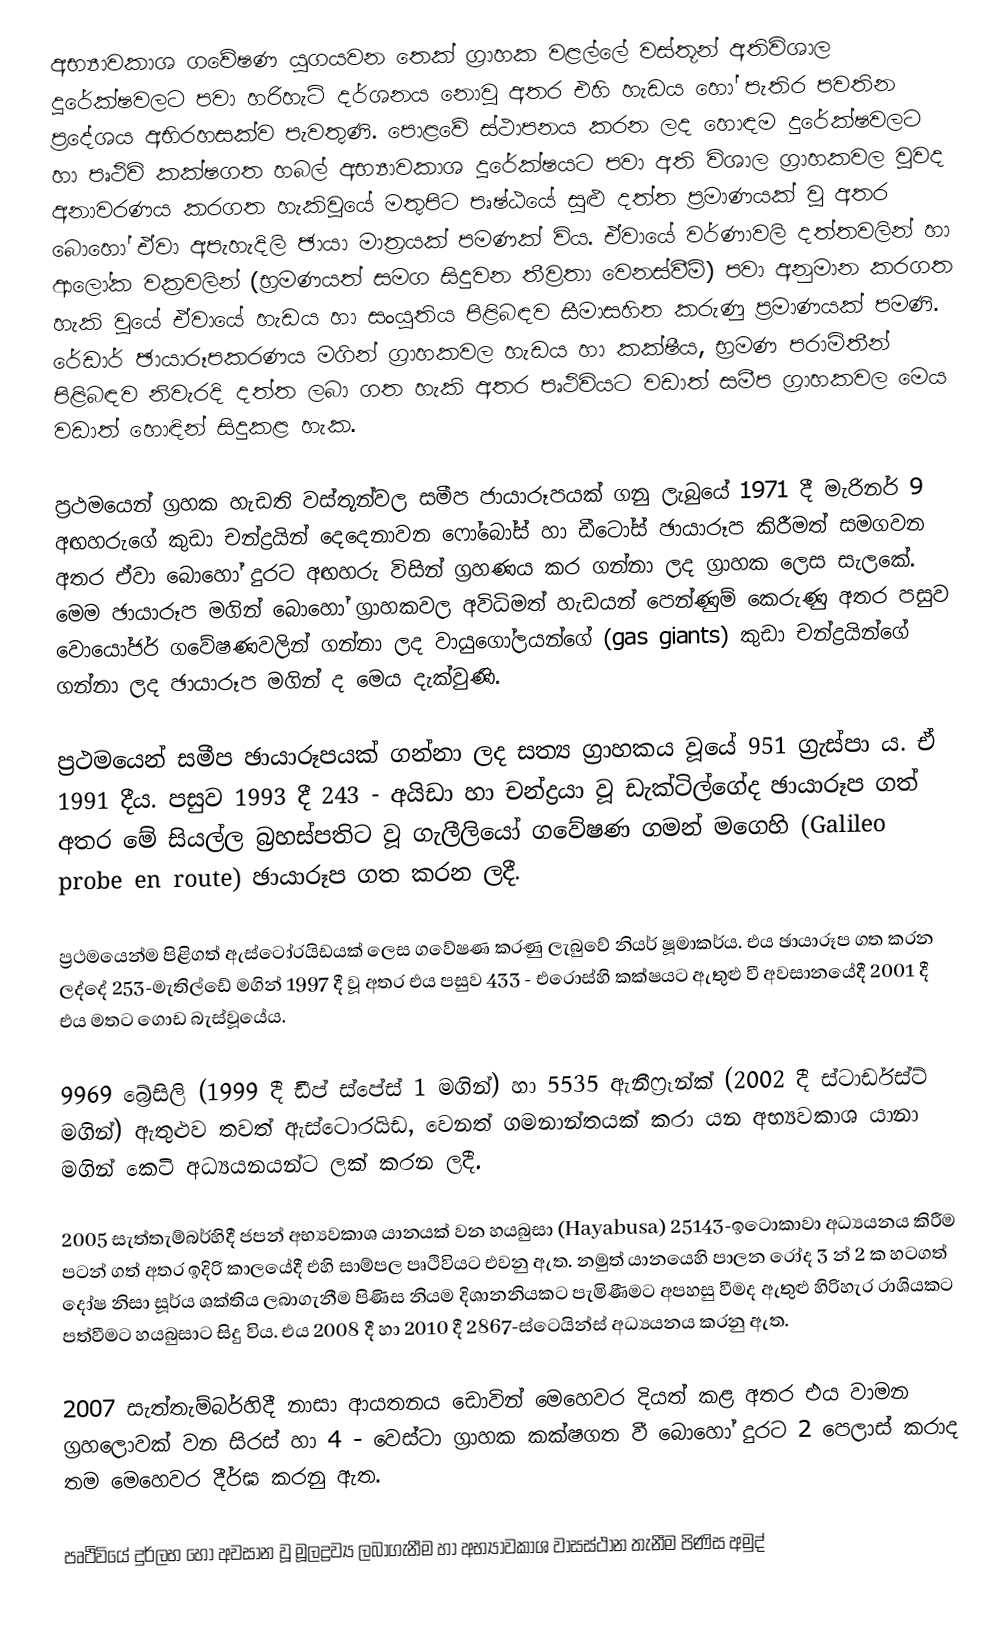
අභ්‍යාවකාශ ගවේෂණ යුගයවන තෙක් ග්‍රාහක වළල්ලේ වස්තූන් අතිවිශාල දූරේක්ෂවලට පවා හරිහැටි දර්ශනය නොවූ අතර එහි හැඩය හෝ පැතිර පවතින ප්‍රදේශය අභිරහසක්ව පැවතුණි. පොළවේ ස්ථාපනය කරන ලද හොඳම දුරේක්ෂවලට හා පෘථිවි කක්ෂගත හබල් අභ්‍යාවකාශ දූරේක්ෂයට පවා අති විශාල ග්‍රාහකවල වුවද අනාවරණය කරගත හැකිවූයේ මතුපිට පෘෂ්ඨයේ සුළු දත්ත ප්‍රමාණයක් වූ අතර බොහෝ ඒවා අපැහැදිලි ඡායා මාත්‍රයක් පමණක් විය. ඒවායේ වර්ණාවලි දත්තවලින් හා ආලෝක වක්‍රවලින් (භ්‍රමණයත් සමග සිදුවන තීව්‍රතා වෙනස්වීම්) පවා අනුමාන කරගත හැකි වූයේ ඒවායේ හැඩය හා සංයුතිය පිළිබඳව සීමාසහිත කරුණු ප්‍රමාණයක් පමණි. රේඩාර් ඡායාරූපකරණය මගින් ග්‍රාහකවල හැඩය හා කක්ෂීය, භ්‍රමණ පරාමිතීන් පිළිබඳව නිවැරදි දත්ත ලබා ගත හැකි අතර පෘථිවියට වඩාත් සමීප ග්‍රාහකවල මෙය වඩාත් හොඳින් සිදුකළ හැක.

ප්‍රථමයෙන් ග්‍රහක හැඩති වස්තූන්වල සමීප ජායාරූපයක් ගනු ලැබුයේ 1971 දී මැරිනර් 9 අඟහරුගේ කුඩා චන්ද්‍රයින් දෙදෙනාවන ෆෝබෝස් හා ඩීටෝස් ඡායාරූප කිරීමත් සමගවන අතර ඒවා බොහෝ දුරට අඟහරු විසින් ග්‍රහණය කර ගන්නා ලද ග්‍රාහක ලෙස සැලකේ. මෙම ඡායාරූප මගින් බොහෝ ග්‍රාහකවල අවිධිමත් හැඩයන් පෙන්ණුම් කෙරුණු අතර පසුව වොයෝජර් ගවේෂණවලින් ගන්නා ලද වායුගෝලයන්ගේ (gas giants) කුඩා චන්ද්‍රයින්ගේ ගන්නා ලද ඡායාරූප මගින් ද මෙය දැක්වුණි.

ප්‍රථමයෙන් සමීප ඡායාරූපයක් ගන්නා ලද සත්‍ය ග්‍රාහකය වූයේ 951 ග්‍රැස්පා  ය. ඒ 1991 දීය. පසුව 1993 දී 243 - අයිඩා හා චන්ද්‍රයා වූ ඩැක්ටිල්ගේද ඡායාරූප ගත් අතර මේ සියල්ල බ්‍රහස්පතිට වූ ගැලීලියෝ ගවේෂණ ගමන් මගෙහි (Galileo probe en route) ඡායාරූප ගත කරන ලදී.

ප්‍රථමයෙන්ම පිළිගත් ඇස්ටෝරයිඩයක් ලෙස ගවේෂණ කරණු ලැබුවේ නියර් ෂූමාකර්ය. එය ඡායාරූප ගත කරන ලද්දේ 253-මැතිල්ඩේ මගින් 1997 දී වූ අතර එය පසුව 433 - එරොස්හි කක්ෂයට ඇතුළු වී අවසානයේදී 2001 දී එය මතට ගොඩ බැස්වූයේය.

9969 බ්‍රේසිලි (1999 දී ඩීප් ස්පේස් 1 මගින්) හා 5535 ඇනීෆ්‍රෑන්ක් (2002 දී ස්ටාර්ඩස්ට් මගින්) ඇතුළුව තවත් ඇස්ටොරයිඩ, වෙනත් ගමනාන්තයක් කරා යන අභ්‍යවකාශ යානා මගින් කෙටි අධ්‍යයනයන්ට ලක් කරන ලදී.

2005 සැත්තැම්බර්හිදී ජපන් අභ්‍යවකාශ යානයක් වන හයබුසා (Hayabusa) 25143-ඉටොකාවා අධ්‍යයනය කිරීම පටන් ගත් අතර ඉදිරි කාලයේදී එහි සාම්පල පෘථිවියට එවනු ඇත. නමුත් යානයෙහි පාලන රෝද 3 න් 2 ක හටගත් දෝෂ නිසා සූර්ය ශක්තිය ලබාගැනීම පිණිස නියම දිශානනියකට පැමිණීමට අපහසු වීමද ඇතුළු හිරිහැර රාශියකට පත්වීමට හයබුසාට සිදු විය. එය 2008  දී හා 2010 දී 2867-ස්ටෙයින්ස් අධ්‍යයනය කරනු ඇත.

2007 සැත්තැම්බර්හිදී නාසා ආයතනය ඩොවින් මෙහෙවර දියත් කළ අතර එය වාමන ග්‍රහලොවක් වන සිරස් හා 4 - වෙස්ටා ග්‍රාහක කක්ෂගත වී බොහෝ දුරට 2 පෙලාස් කරාද තම මෙහෙවර දීර්ඝ කරනු ඇත.

පෘථිවියේ දුර්ලභ හෝ අවසාන වූ මූලද්‍රව්‍ය ලබාගැනීම හා අභ්‍යාවකාශ වාසස්ථාන තැනීම පිණිස අමුද්